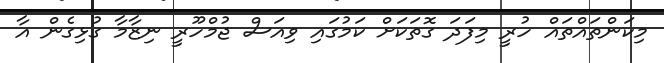
މިކަންތައްތައް ހުރީ މިފަދަ ގޮތަކަށް ކަމުގައި ވިއަސް ޖުމްހޫރީ ނިޒާމާ ގުޅިގެން އާ